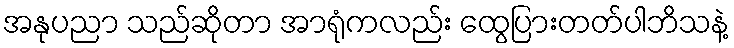
အနုပညာ သည်ဆိုတာ အာရုံကလည်း ထွေပြားတတ်ပါဘိသနဲ့